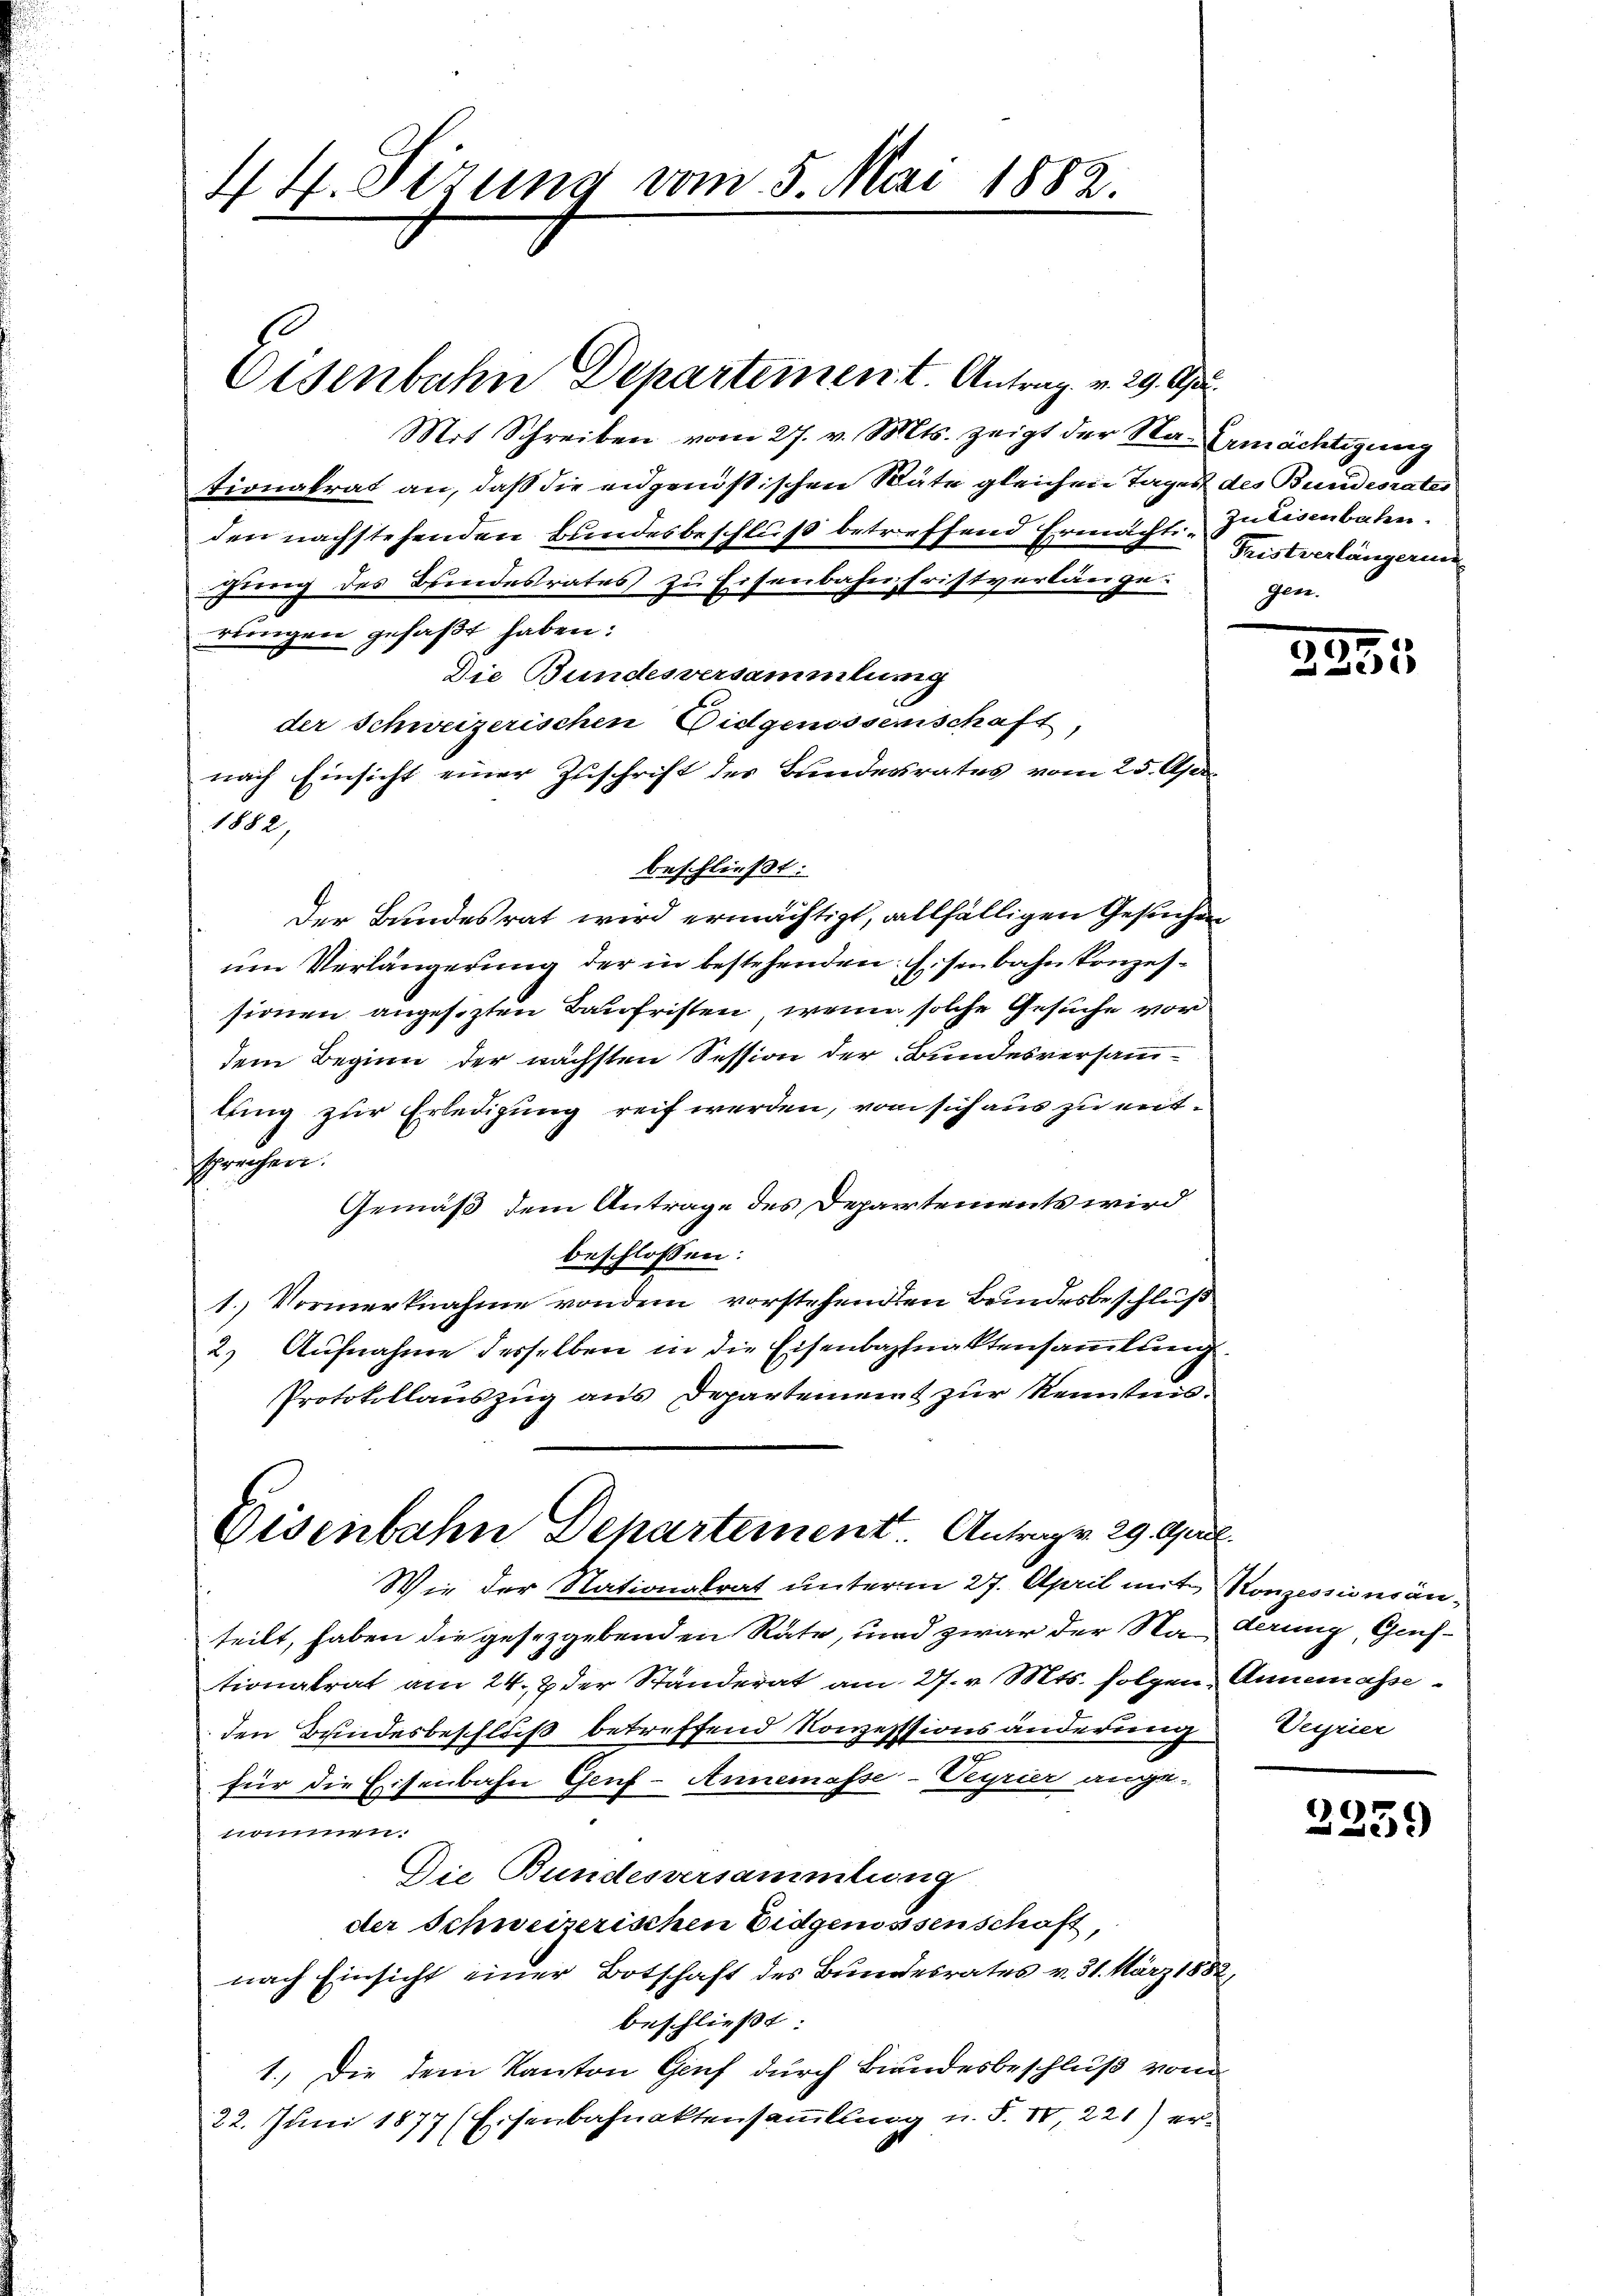
44. Sizung vom 5. Mai 1882.

Mit Schreiben vom 27. v. Mts. zeigt der Na-Gemächtigung
tionalrat an, daß die engenössischen Räte gleichen Tages des Bundesratei
den nachstehenden Bundesbeschluß betreffend Ermächte Julisenbaten.
gung des Brindesrates zu Eisenbahn Fristverlängegen.
rungen gefaßt haben:
Die Bundesversammlung
der Schweizerischen Eidgenossenschaft,
nach Einsicht einer Zuschrift des Bundesrates vom 25. Apr
1882,
beschließt:
Der Bundesrat wird ermächtigt, allfälligen Gesuchen
um Verlängerung der in bestehenden Eisenbahnkonzessionen angesezten Baufristen, wenn solche Gesuche vor
dem Beginn der nächsten Session der Bundesversammlung zur Erledigung reif werden, von sich aus zu entsprechen.
Gemäß dem Antrage des Departements wird
beschlossen:
1.) Vormerknahme von dem vorstehenden Beindesbeschluß
2) Aufnahme desselben in die Eisenbahnaktensammlung
Protokollauszug aus Departement zur Kenntnis¬

Eisenbahn Departement. Antragen 29. April.

Eisenbahn Departement. Antrag v. 29. Apr.

Wie der Nationalrat unterm 27. April mit Konzessionsanteilt, haben die gesezgebenden Rate, und zwar der Nahrung, Genstionalrat am 24. 2 der Ständerat am 27. v. Mts. folgen Annemasseden Bundesbeschluß betreffend Konzesssionsänderung Veyrier
für die Eisenbahn Genf-Annemasse-Peyrier ange-
n.
Die Bundesversammlung
der Schweizerischen Eidgenossenschaft,
nach Einsicht einer Botschaft des Bundesrates v. 31. März 1882
beschließt:
1.) Die dem Kanton Genf durch Bundesbeschluß vom
22. Juni 1877 (Eisenbahnaktensammlung u. S. 10,221) er¬

Fristverlängerun

3295

2239